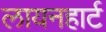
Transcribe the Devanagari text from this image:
लायनहार्ट